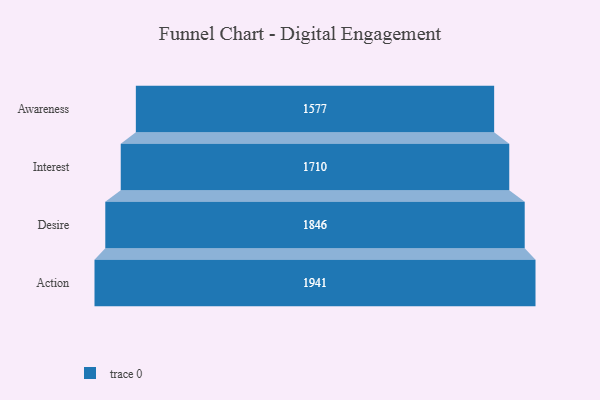
{"axis": {"x": "Stage", "y": "Value"}, "legend": [""], "data": [{"x": "Awareness", "y": 1577.0, "type": ""}, {"x": "Interest", "y": 1710.0, "type": ""}, {"x": "Desire", "y": 1846.0, "type": ""}, {"x": "Action", "y": 1941.0, "type": ""}]}